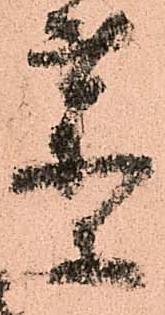
薬